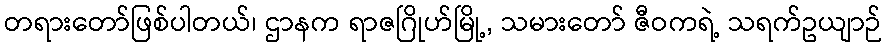
တရားတော်ဖြစ်ပါတယ်၊ ဌာနက ရာဇဂြိုဟ်မြို့, သမားတော် ဇီဝကရဲ့ သရက်ဥယျာဉ်